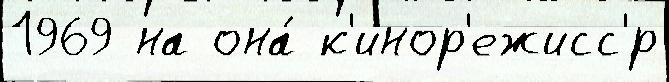
1969 на она́ к'инор'ежисс'́р